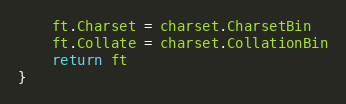
Language: Go
	ft.Charset = charset.CharsetBin
	ft.Collate = charset.CollationBin
	return ft
}